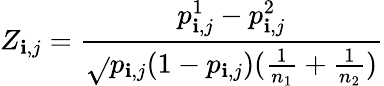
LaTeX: Z_{\mathbf{i},j}=\frac{{p_{\mathbf{i},j}^{1}-p_{\mathbf{i},j}^{2}}}{{\sqrt{}{{p_{\mathbf{i},j}(1-p_{\mathbf{i},j})(\frac{{1}}{{n_{1}}}+\frac{{1}}{{n_{2}}})}}}}